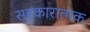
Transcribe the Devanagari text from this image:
सहकारात्मक